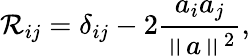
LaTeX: \mathcal{R}_{ij}=\delta_{ij}-2{\frac{{a_{i}a_{j}}}{{\left\| a\right\| ^{2}}}},